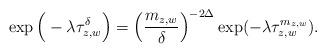
LaTeX: \begin{align*} \exp \Big( -\lambda \tau^{\delta}_{z,{w}}\Big) = \Big(\frac{m_{z,w}}{\delta}\Big)^{-2\Delta} \exp ( -\lambda \tau^{m_{z,w}}_{z,{w}} ).\end{align*}